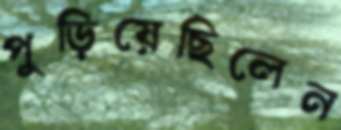
পুড়িয়েছিলেন